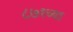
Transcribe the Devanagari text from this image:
८७१च्या